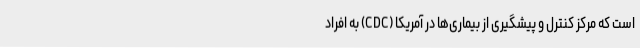
است که مرکز کنترل و پیشگیری از بیماری‌ها در آمریکا (CDC) به افراد